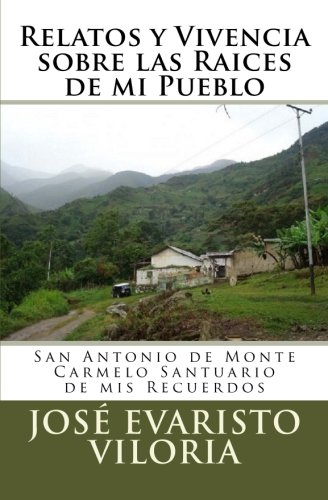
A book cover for Relatos y Vivencia sobre las RaÃ­ces de mi Pueblo.: San Antonio de Monte Carmelo Santuario de mis Recuerdos. (Spanish Edition); Prof JosÃ© Evaristo Viloria; Parenting & Relationships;